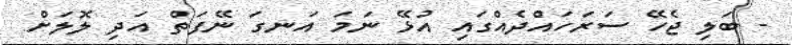
- ބަލި ޖެހޭ ސަރަހައްދެއްގައި އުޅޭ ނަމަ އަނގަ ނޭފަތް އަދި ލޮލަށް